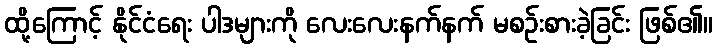
ထို့ကြောင့် နိုင်ငံရေး ပါဒများကို လေးလေးနက်နက် မစဉ်းစားခဲ့ခြင်း ဖြစ်၏။